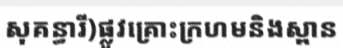
សុគន្ធារី)ផ្លូវគ្រោះក្រហមនិងស្ពាន